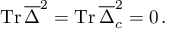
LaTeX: \mathrm { T r } \, \overline { { \Delta } } ^ { 2 } = \mathrm { T r } \, \overline { { \Delta } } _ { c } ^ { 2 } = 0 \, .